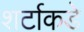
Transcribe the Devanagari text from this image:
शर्टाकडे